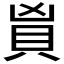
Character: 𬥑